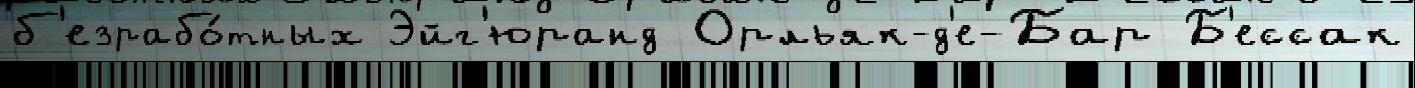
б'езрабо́тных Эйг'юранд Орльяк-д'е-Бар Б'ессак